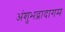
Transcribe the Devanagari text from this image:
अंशुभद्रादागम